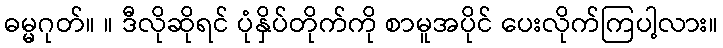
ဓမ္မဂုတ်။ ။ ဒီလိုဆိုရင် ပုံနှိပ်တိုက်ကို စာမူအပိုင် ပေးလိုက်ကြပါ့လား။